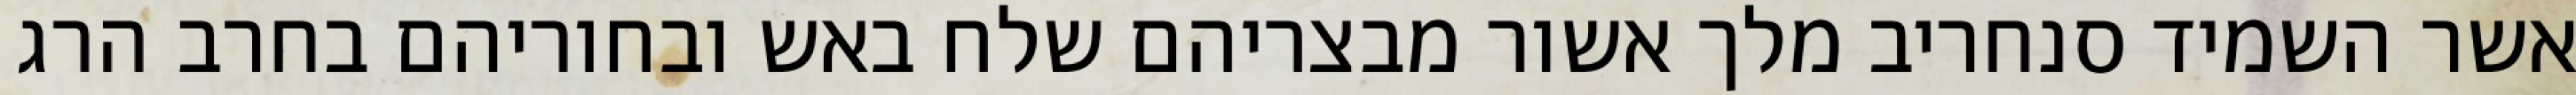
אשר השמיד סנחריב מלך אשור מבצריהם שלח באש ובחוריהם בחרב הרג